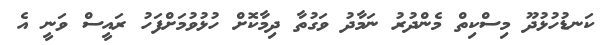
ކަނޑުހުޅުދޫ މިސްކިތް މެންދުރު ނަމާދު ވަގުތާ ދިމާކޮށް ހުޅުވުމަށްފަހު ރައީސް ވަނީ އެ